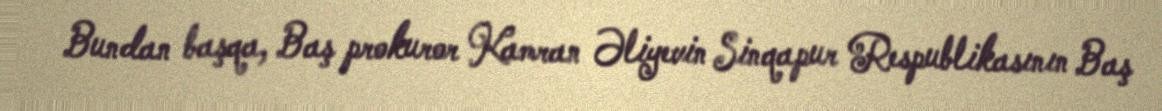
Bundan başqa, Baş prokuror Kamran Əliyevin Sinqapur Respublikasının Baş